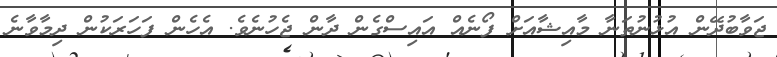
ޖަވާބުދޭން އުޅުނުތަނާ މާއިޝާއަށް ފޯނެއް އައިސްގެން ދާން ޖެހުނެވެ. އެހެން ފަހަރަކުން ދިމާވާނެ